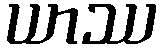
ယာဿ